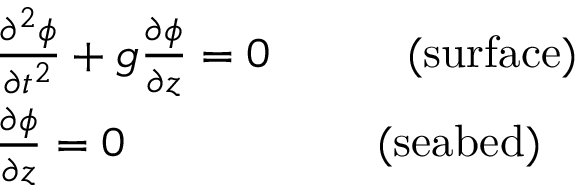
{ \begin{array} { r l } & { { \frac { \partial ^ { 2 } \phi } { \partial t ^ { 2 } } } + g { \frac { \partial \phi } { \partial z } } = 0 \quad \quad \quad ( { \mathrm { s u r f a c e } } ) } \\ & { { \frac { \partial \phi } { \partial z } } = 0 { \phantom { { \frac { \partial ^ { 2 } \phi } { \partial t ^ { 2 } } } + } } \, \, \quad \quad \quad ( { \mathrm { s e a b e d } } ) } \end{array} }